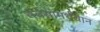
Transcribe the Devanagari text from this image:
सर्वसामर्थवान